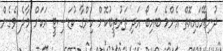
ދުނިޔޭގައިއޮތް އެންމެ ބައިބޯ އަދި ތަރުތީބުކޮށް ހިންގާ ކުޑަސިޓީ އަކަށް މާލެ ވެގެން